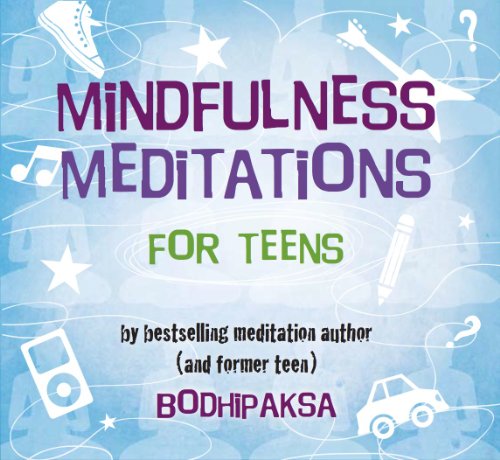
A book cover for Mindfulness Meditations for Teens; Bodhipaksa; Religion & Spirituality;